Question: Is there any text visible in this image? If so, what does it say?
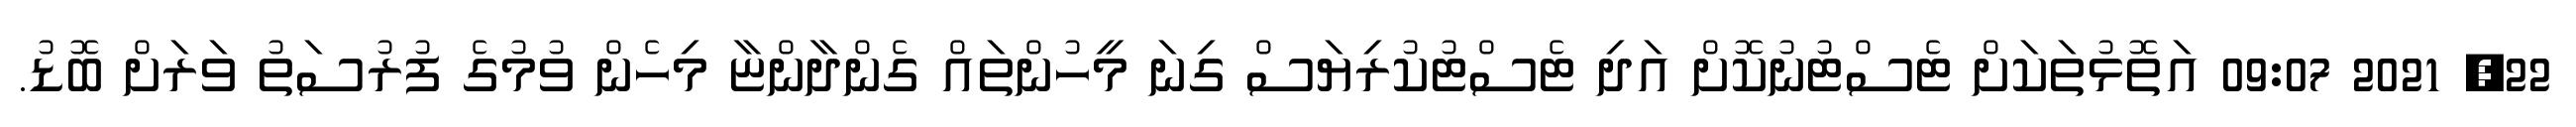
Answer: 22, 2021 09:07 އަތޮޅުތަކަށް ޓެސްޓުނުކޮށް އަދި ޓެސްޓުކުރިޔަސް ގިނަ މީހުންތައް ގެންދާންޏާ މިހެން ވުމުގެ ފުރުސަތު ވަރަށް ބޮޑު.